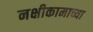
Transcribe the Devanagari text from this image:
नक्षीकामाच्या